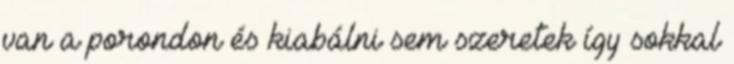
van a porondon és kiabálni sem szeretek így sokkal